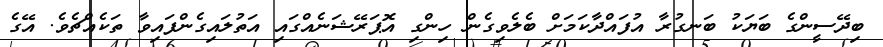
ބިދޭސީންގެ ބަޔަކު ބަނގުރާ އުފައްދާކަމަށް ބެލެވިގެން ހިންގި އޮޕަރޭޝަނެއްގައި އަތުލައިގެންފައިވާ ތަކެއްޗެވެ. އޭގެ